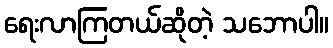
ရေးလာကြတယ်ဆိုတဲ့ သဘောပါ။